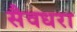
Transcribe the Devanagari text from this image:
सैवधरा